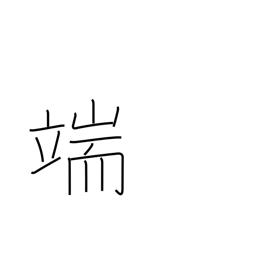
Meaning: point